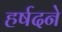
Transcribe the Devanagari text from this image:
हर्षदने